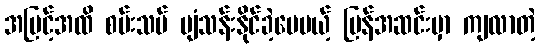
အမြင့်အထိ စမ်းသပ် ပျံသန်းနိုင်ခဲ့ပေမယ့် ပြန်အဆင်းမှာ ကျလာတဲ့